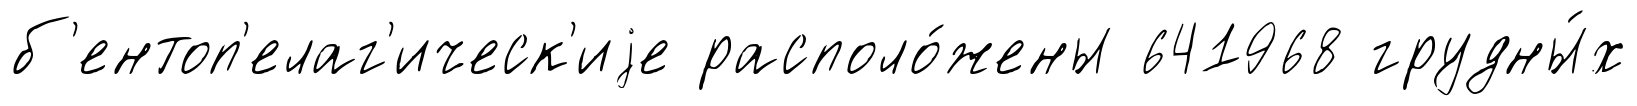
б'ентоп'елаг'ическ'иjе располо́жены 641968 грудны́х